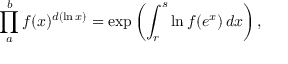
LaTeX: \prod _ { a } ^ { b } f ( x ) ^ { d ( \ln x ) } = \exp \left( \int _ { r } ^ { s } \ln f ( e ^ { x } ) \, d x \right) ,